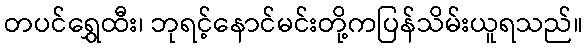
တပင်ရွှေထီး၊ ဘုရင့်နောင်မင်းတို့ကပြန်သိမ်းယူရသည်။